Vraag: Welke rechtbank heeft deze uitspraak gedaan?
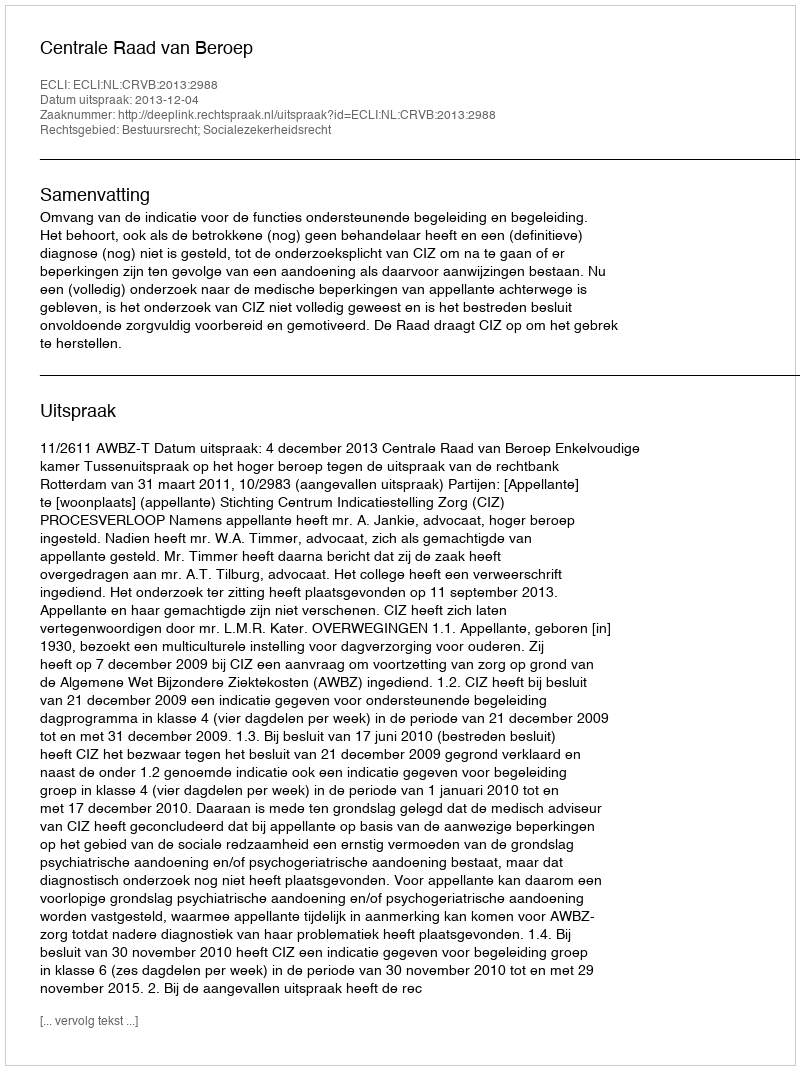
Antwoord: Centrale Raad van Beroep